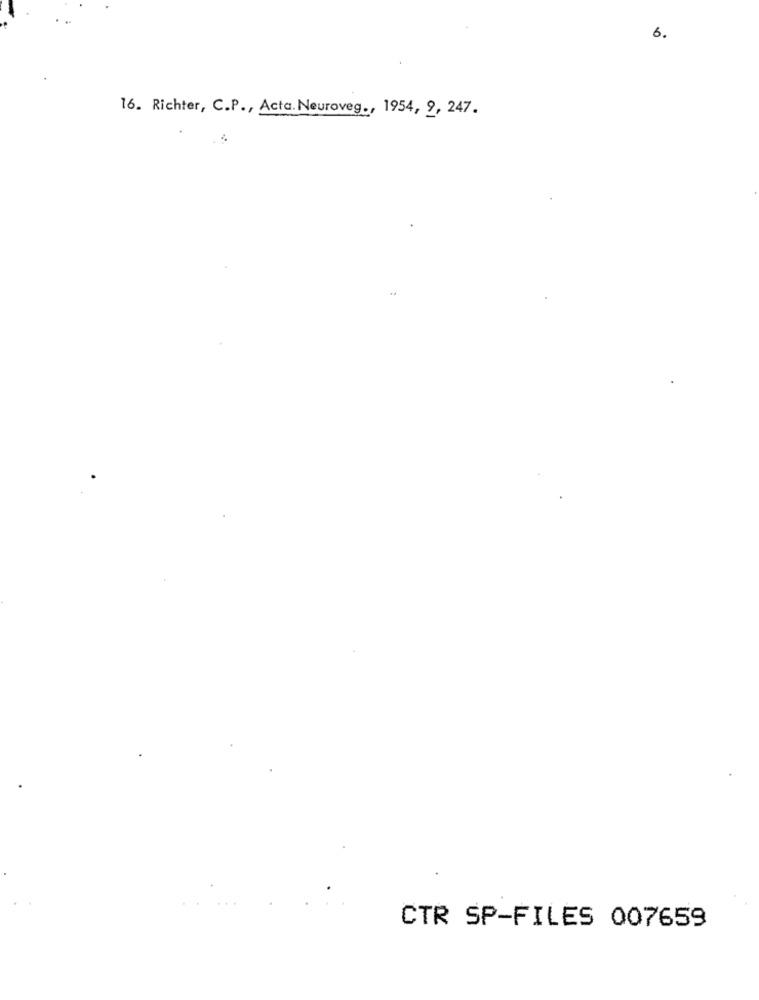
6.
16. Richter, C.P ., Acta. Neuroveg ., 1954, 9, 247.
CTR SP-FILES 007659